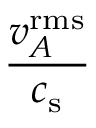
\frac { v _ { A } ^ { \mathrm { r m s } } } { c _ { \mathrm { s } } }